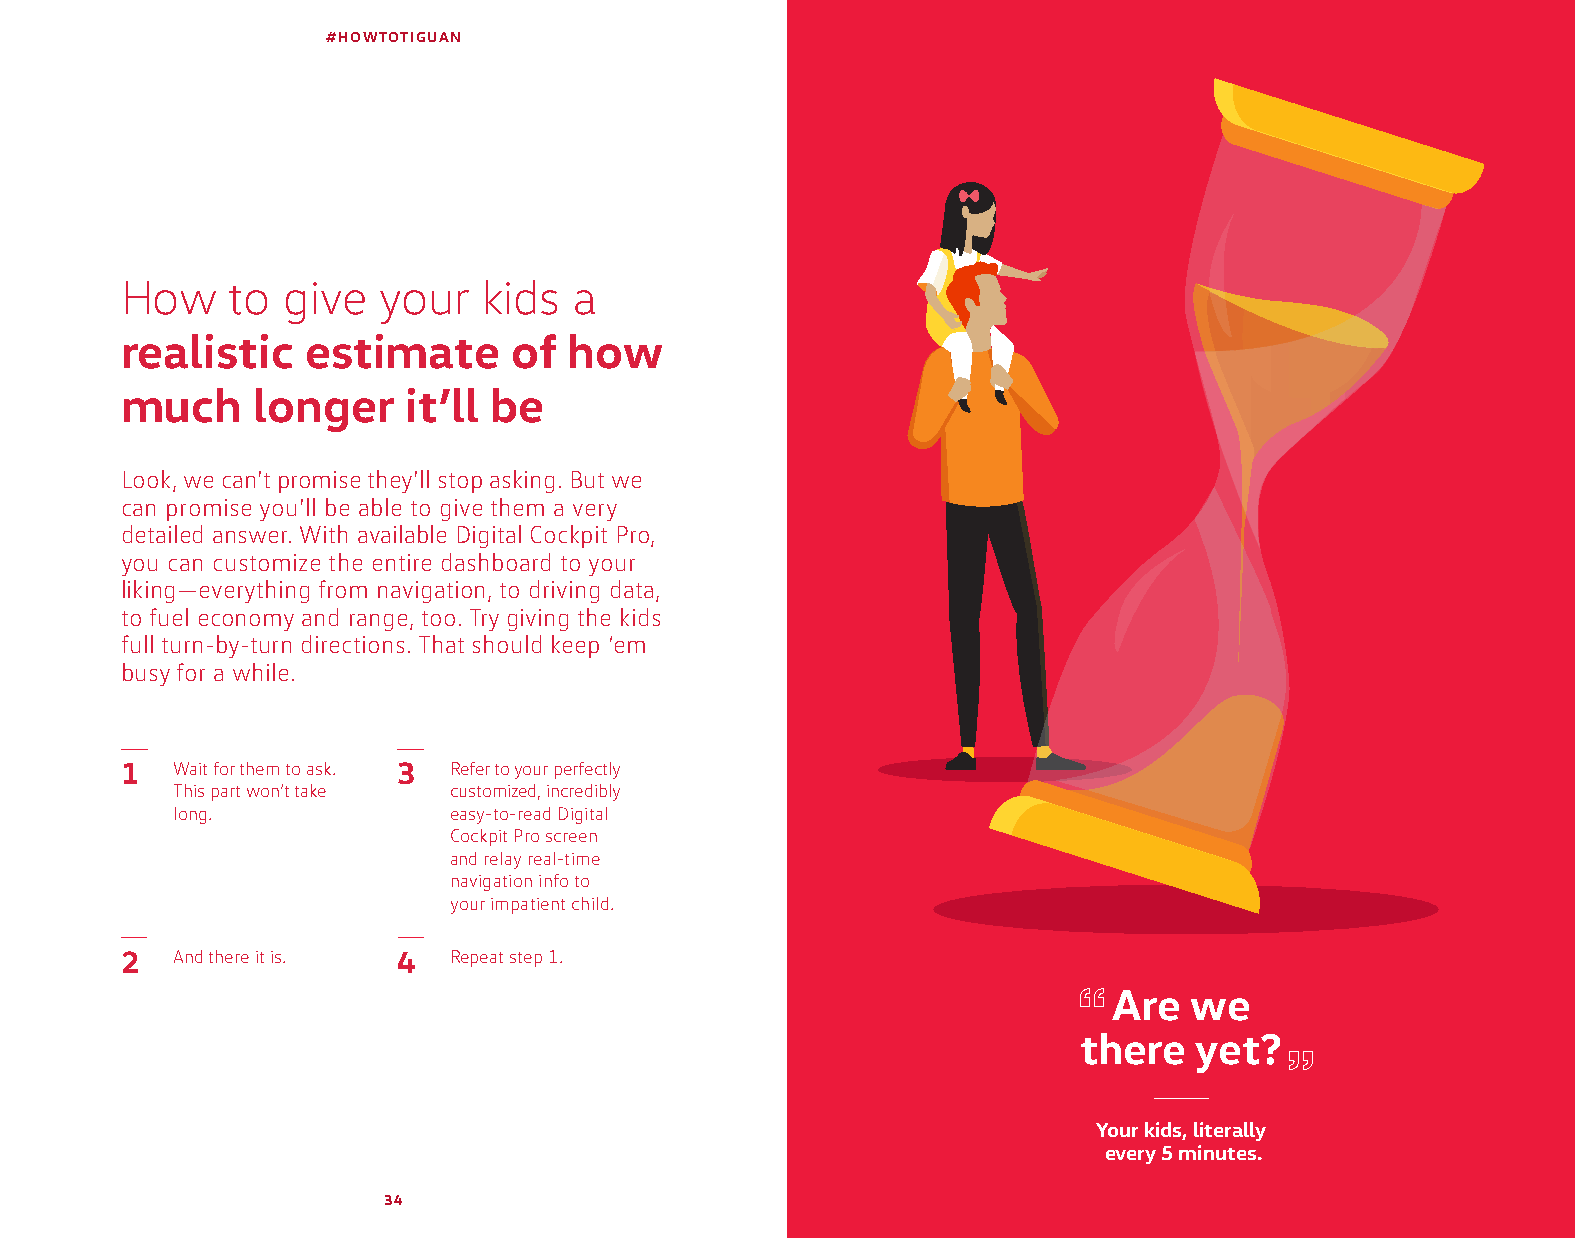
#HOWTOTIGUAN
 How    to  give  your   kids  a
 realistic   estimate      of  how
 much     longer    it’ll be
 Look, we can’t promise they’ll stop asking. But we
 can promise you’ll be able to give them a very
 detailed answer. With available Digital Cockpit Pro,
 you can customize the entire dashboard to your
 liking—everything from navigation, to driving data,
 to fuel economy and range, too. Try giving the kids
 full turn-by-turn directions. That should keep ‘em
 busy for a while.
 1  Wait for them to ask. 3 Refer to your perfectly
 This part won’t take customized, incredibly
 long.              easy-to-read Digital
 Cockpit Pro screen
 and relay real-time
 navigation info to
 your impatient child.
 2  And there it is. 4 Repeat step 1.
 Are  we
 there  yet?
 Your kids, literally
 every 5 minutes.
 34